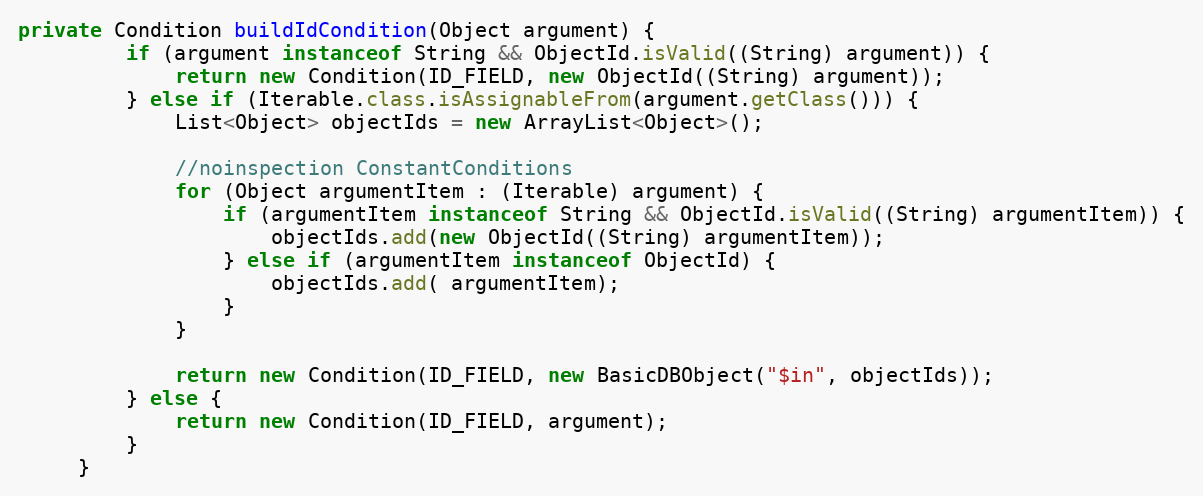
Language: Java
private Condition buildIdCondition(Object argument) {
         if (argument instanceof String && ObjectId.isValid((String) argument)) {
             return new Condition(ID_FIELD, new ObjectId((String) argument));
         } else if (Iterable.class.isAssignableFrom(argument.getClass())) {
             List<Object> objectIds = new ArrayList<Object>();

             //noinspection ConstantConditions
             for (Object argumentItem : (Iterable) argument) {
                 if (argumentItem instanceof String && ObjectId.isValid((String) argumentItem)) {
                     objectIds.add(new ObjectId((String) argumentItem));
                 } else if (argumentItem instanceof ObjectId) {
                     objectIds.add( argumentItem);
                 }
             }

             return new Condition(ID_FIELD, new BasicDBObject("$in", objectIds));
         } else {
             return new Condition(ID_FIELD, argument);
         }
     }